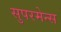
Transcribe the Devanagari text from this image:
सुपरमेन्स